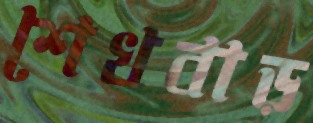
শেখবাড়